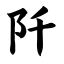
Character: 阡